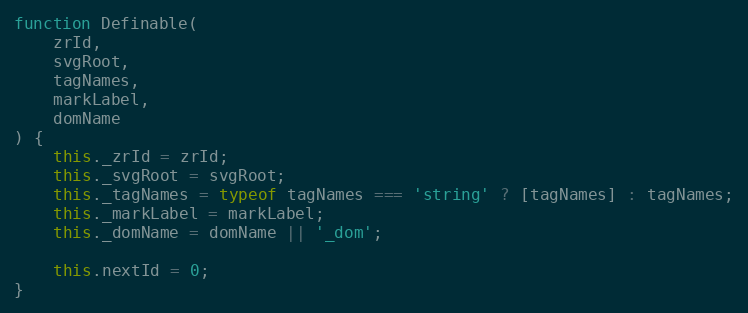
Language: JavaScript
function Definable(
    zrId,
    svgRoot,
    tagNames,
    markLabel,
    domName
) {
    this._zrId = zrId;
    this._svgRoot = svgRoot;
    this._tagNames = typeof tagNames === 'string' ? [tagNames] : tagNames;
    this._markLabel = markLabel;
    this._domName = domName || '_dom';

    this.nextId = 0;
}